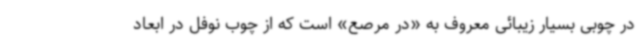
در چوبی بسیار زیبائی معروف به «در مرصع» است که از چوب نوفل در ابعاد